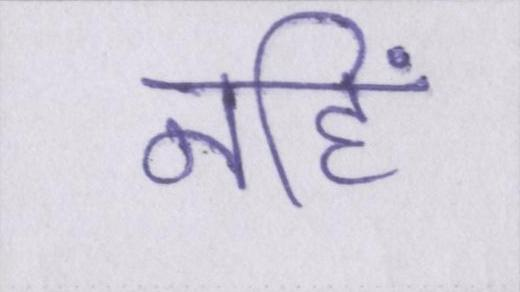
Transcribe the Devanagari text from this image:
नहिं